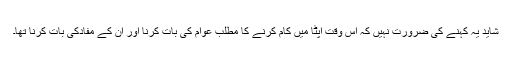
شاید یہ کہنے کی ضرورت نہیں کہ اس وقت اپٹا میں کام کرنے کا مطلب عوام کی بات کرنا اور ان کے مفادکی بات کرنا تھا۔